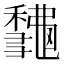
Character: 𥣨